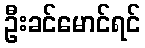
ဦးခင်မောင်ရင်